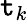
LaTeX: \mathtt{t}_{k}